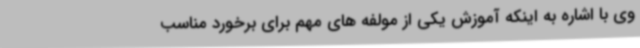
وی با اشاره به اینکه آموزش یکی از مولفه های مهم برای برخورد مناسب